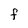
Character: F